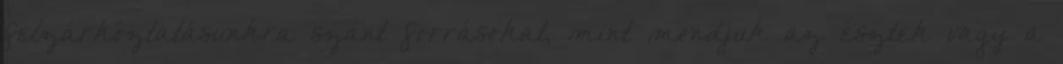
felzárkóztatásunkra szánt forrásokat, mint mondjuk az észtek vagy a